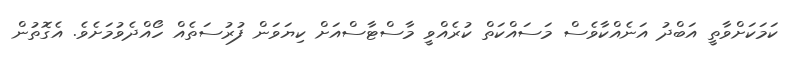
ކަމަކަށްވާތީ އަބްދު އަނެއްކާވެސް މަސައްކަތް ކުރެއްވީ މާސްޓާސްއަށް ކިޔަވަން ފުރުސަތެއް ހޯއްދެވުމަށެވެ. އެގޮތުން